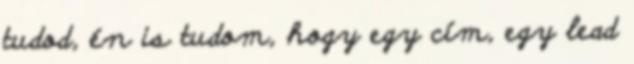
tudod, én is tudom, hogy egy cím, egy lead